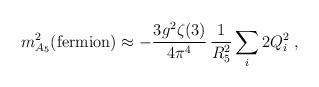
LaTeX: \begin{align*}m_{A_5}^2 ({\rm fermion}) \approx -\frac{3 g^2 \zeta(3)}{4\pi^4}\,\frac{1}{R_5^2} \sum_i 2 Q_i^2 \;,\end{align*}